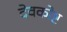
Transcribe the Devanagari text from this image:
देवकोष्ट